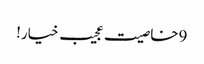
9خاصیت عجیب خیار!